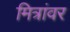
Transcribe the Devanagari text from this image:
मित्रांवर